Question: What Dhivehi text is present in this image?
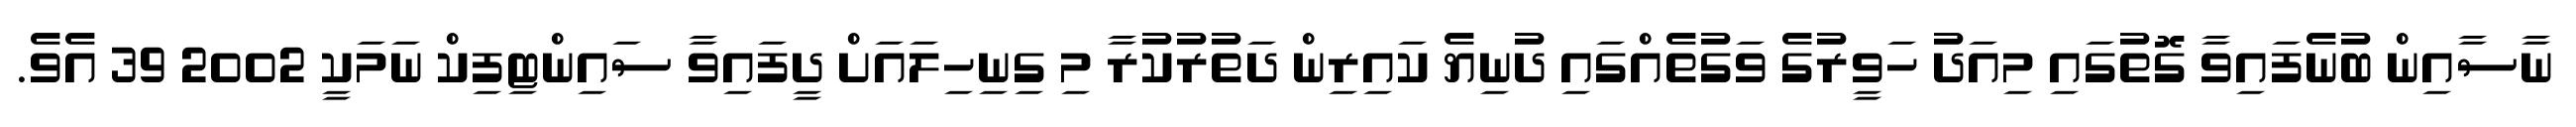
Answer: ނާސާއިން ބުނެފައިވާ ގޮތުގައި މިއަދު ހަވީރުގެ ވަގުތެއްގައި ދުނިޔެ ކައިރިން ދަތުރުކުރާ މި ގިނިހިލައަށް ދީފައިވާ ސައިންޓިފިކް ނަމަކީ 2002 39 އެވެ.